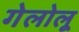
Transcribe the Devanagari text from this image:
गेलोलू